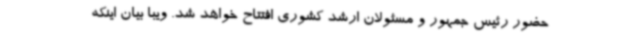
حضور رئیس جمهور و مسئولان ارشد کشوری افتتاح خواهد شد. ویبا بیان اینکه